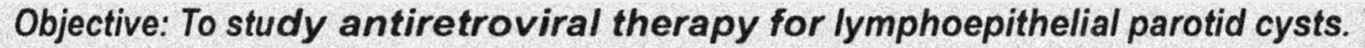
Objective: To study antiretroviral therapy for lymphoepithelial parotid cysts.